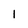
Character: 1